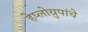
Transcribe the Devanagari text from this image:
हेप्लोग्रुपांचे